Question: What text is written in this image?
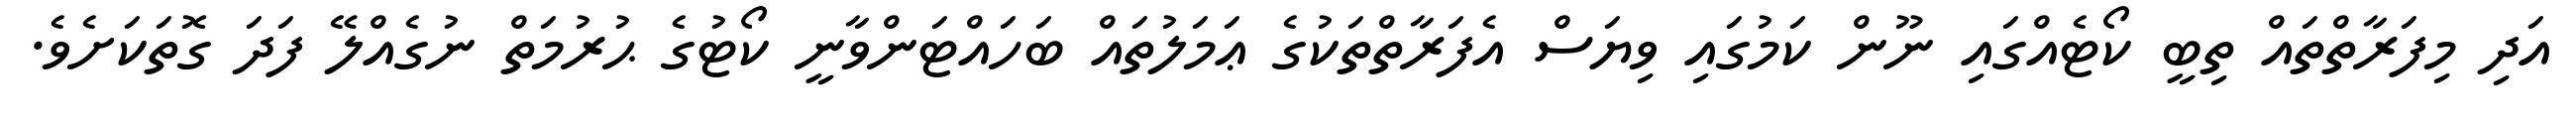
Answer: އަދި މިފަރާތްތައް ތިބީ ކޯޓެއްގައި ނޫން ކަމުގައި ވިޔަސް އެފަރާތްތަކުގެ ޢަމަލުތައް ބަހައްޓަންވާނީ ކޯޓުގެ ޙުރުމަތް ނުގެއްލޭ ފަދަ ގޮތަކަށެވެ.